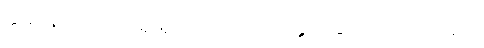
ဆရာမလေးက ရိုးရိုးသားသားပင် နှုတ်ဆက် ပြုံးပြသည်။